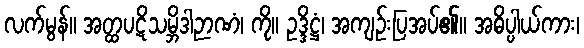
လက်မွန်။ အတ္ထပဋိသမ္ဘိဒါဉာဏံ၊ ကို။ ဥဒ္ဒိဋ္ဌံ၊ အကျဉ်းပြအပ်၏။ အဓိပ္ပါယ်ကား၊